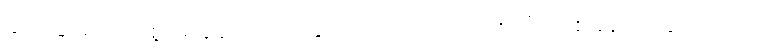
ဆင်ခြင်မဲ့ကင်းစွာ ရန်ရှာခြင်းပြုနိုင်လေသည်ဟု တစ်လီ တစ်ခန်း တွေးထင်ချက်